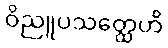
ဝိညူပသတ္ထေဟိ